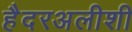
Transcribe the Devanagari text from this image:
हैदरअलीशी